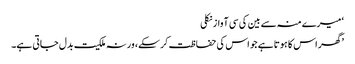
‘ میرے منہ سے بین کی سی آواز نکلی
’گھر اس کا ہوتا ہے جو اس کی حفاظت کر سکے، ورنہ ملکیت بدل جاتی ہے۔